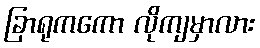
ခြာရုကကော လိုကျမှာလား